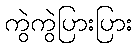
ကွဲကွဲပြားပြား